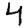
Digit: 4